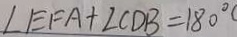
\angle E F A + \angle C D B = 1 8 0 ^ { \circ }